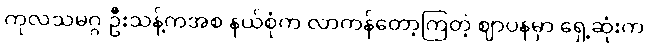
ကုလသမဂ္ဂ ဦးသန့်ကအစ နယ်စုံက လာကန်တော့ကြတဲ့ ဈာပနမှာ ရှေ့ဆုံးက